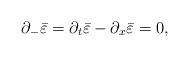
LaTeX: \begin{align*}\partial_- \bar \varepsilon = \partial_t \bar \varepsilon -\partial_x \bar \varepsilon = 0,\end{align*}